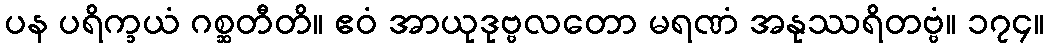
ပန ပရိက္ခယံ ဂစ္ဆတီတိ။ ဧဝံ အာယုဒုဗ္ဗလတော မရဏံ အနုဿရိတဗ္ဗံ။ ၁၇၄။